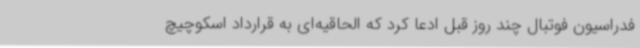
فدراسیون فوتبال چند روز قبل ادعا کرد که الحاقیه‌ای به قرارداد اسکوچیچ